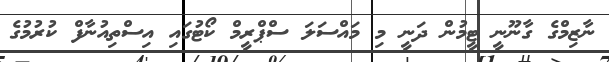
ނާޒިމްގެ ގާނޫނީ ޓީމުން ދަނީ މި މައްސަލަ ސްޕްރީމް ކޯޓުގައި އިސްތިއުނާފް ކުރުމުގެ